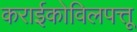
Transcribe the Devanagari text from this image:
कराईकोविलपत्तू